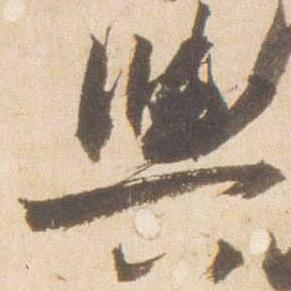
輿